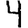
Digit: 4